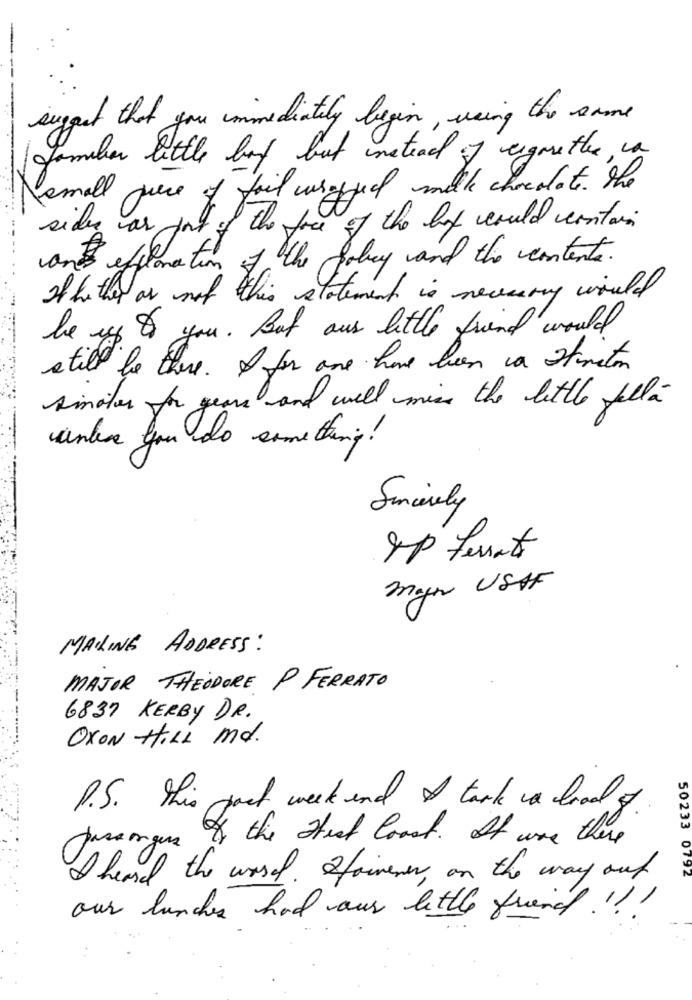
suggest that you immediately begin, waing the same
Jambon little boy but instead of cigarettes, ca
Nemall piece of fail wrapped milk chocolate. the
side as port of the face of the lit could contain
and effemation :
of the gobuy and the contents.
If he ther as not this statement is necessary would
be up to you. But our little friend would
still be there. I for one have been a straton
simotor for years and will miss the little fallá
unter you do something !
Sincerely
SP Ferrat
myn USAF
MAILING ADDRESS:
MAJOR THEODORE P FERRATO
6837 KERBY DR.
OXON HILL md.
P.S. This post week end I tark a load of
passengers of the test Coast . It was there
I heard the wasel . I foivener , on the way out
50233 0792
our lunches had our little friend . !!!